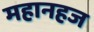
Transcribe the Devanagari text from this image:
महानहज